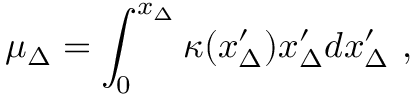
\mu _ { \Delta } = \int _ { 0 } ^ { x _ { \Delta } } \kappa ( x _ { \Delta } ^ { \prime } ) x _ { \Delta } ^ { \prime } d x _ { \Delta } ^ { \prime } \ ,